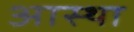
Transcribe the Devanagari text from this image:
अास्था